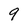
Character: 9